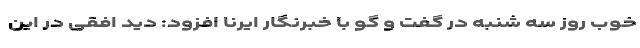
خوب روز سه شنبه در گفت و گو با خبرنگار ایرنا افزود: دید افقی در این